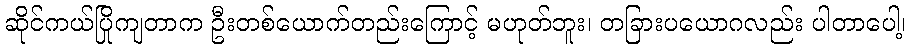
ဆိုင်ကယ်ပြိုကျတာက ဦးတစ်ယောက်တည်းကြောင့် မဟုတ်ဘူး၊ တခြားပယောဂလည်း ပါတာပေါ့၊